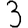
Digit: 3